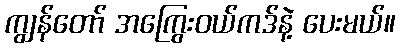
ကျွန်တော် အကြွေးဝယ်ကဒ်နဲ့ ပေးမယ်။